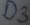
Text: D3